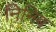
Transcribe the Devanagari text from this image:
निनिब